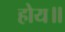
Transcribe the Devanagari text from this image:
होय॥